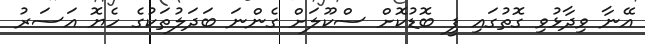
އޭނާ ވިދާޅުވި ގޮތުގައި ފީ ބޮޑުކޮށް ސްކޫލަށް ގެންނަ ބަދަލުތަކުގެ ހެޔޮ އަސަރު